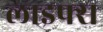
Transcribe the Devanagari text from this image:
लाइफ्स